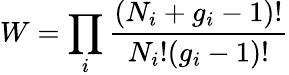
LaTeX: W=\prod_{i}{\frac{(N_{i}+g_{i}-1)!}{N_{i}!(g_{i}-1)!}}